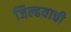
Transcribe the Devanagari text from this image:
जिल्हयाची